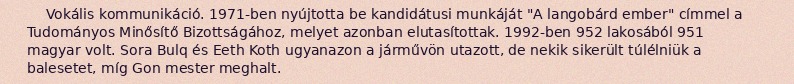
Vokális kommunikáció. 1971-ben nyújtotta be kandidátusi munkáját "A langobárd ember" címmel a Tudományos Minősítő Bizottságához, melyet azonban elutasítottak. 1992-ben 952 lakosából 951 magyar volt. Sora Bulq és Eeth Koth ugyanazon a járművön utazott, de nekik sikerült túlélniük a balesetet, míg Gon mester meghalt.